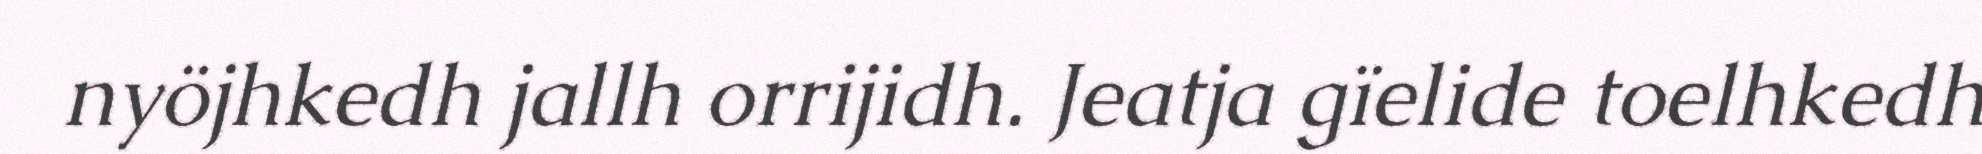
nyöjhkedh jallh orrijidh. Jeatja gïelide toelhkedh